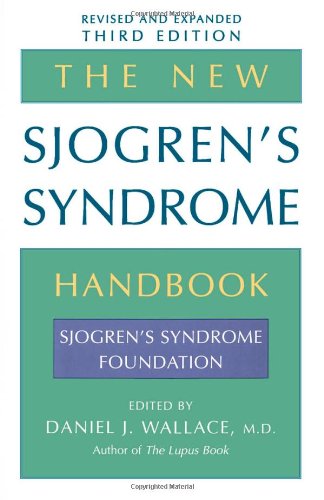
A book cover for The New Sjogren's Syndrome Handbook; Health, Fitness & Dieting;